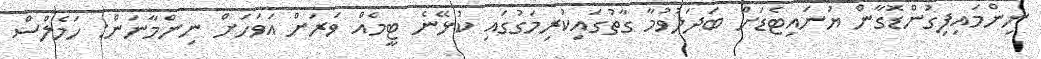
ނިންމައިފިގުންޑޮގާން ޔުނައިޓެޑަށް ބަދަލުވުމާ ގާތުގައިކުރިމަގުގައި ކުޅޭނެ ޓީމެއް ވަރަށް އަވަަހަށް ނިންމާނަން: ހަމެލްސް